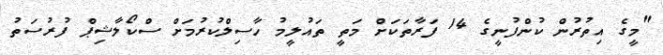
"މީގެ އިތުރުން ކުންފުނީގެ 14 ފަރާތަކަށް މަތީ ތައުލީމު ހާސިލްކުރުމަށް ސްކޯލާޝިޕް ފުރުސަތު